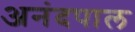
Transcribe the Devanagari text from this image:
अनंदपाल